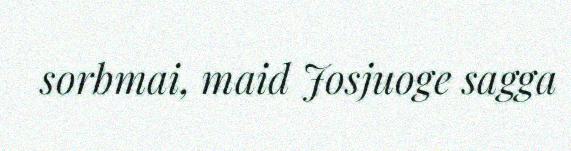
sorbmai, maid Josjuoge sagga